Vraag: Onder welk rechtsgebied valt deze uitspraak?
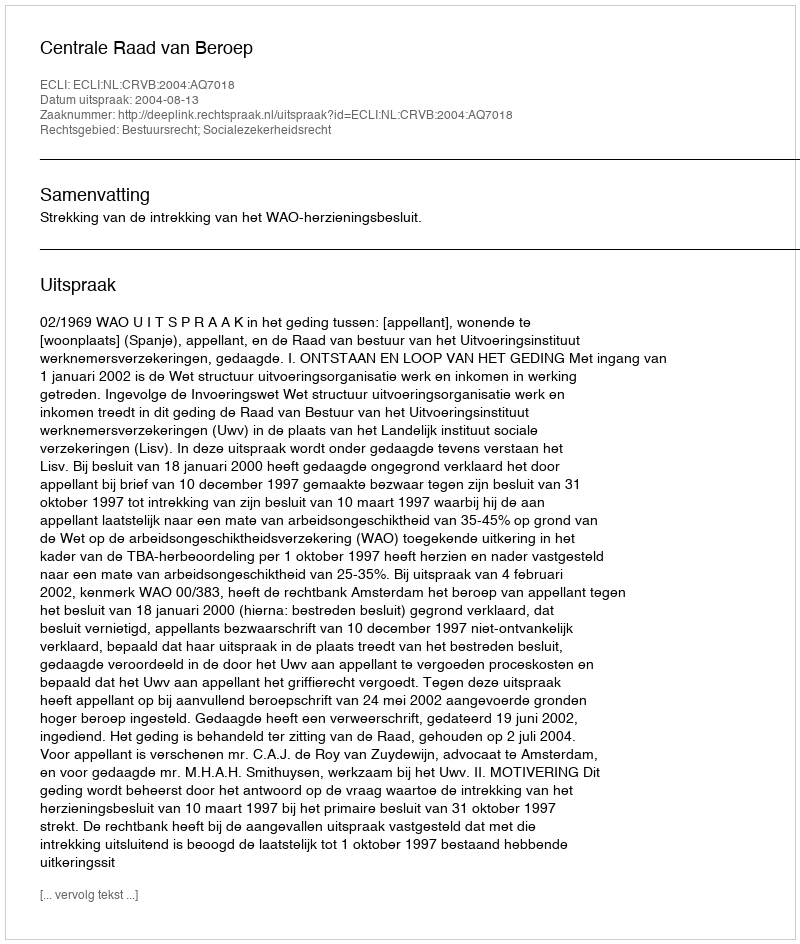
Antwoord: Bestuursrecht; Socialezekerheidsrecht